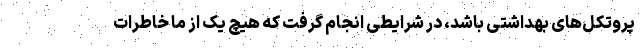
پروتکل‌های بهداشتی باشد، در شرایطی انجام گرفت که هیچ یک از ما خاطرات